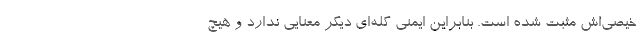
خیصی‌اش مثبت شده است. بنابراین ایمنی گله‌ای دیگر معنایی ندارد و هیچ